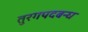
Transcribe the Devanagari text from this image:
तुरगपदबन्ध